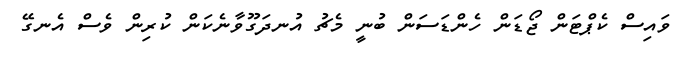
ވައިސް ކެޕްޓަން ޖޯޑަން ހެންޑަސަން ބުނީ މެޗު އުނދަގޫވާނެކަން ކުރިން ވެސް އެނގޭ